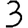
Digit: 3